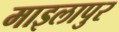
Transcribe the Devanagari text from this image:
माइलापुर